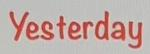
Yesterday